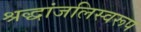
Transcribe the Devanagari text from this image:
श्रद्धांजलिस्वरूप